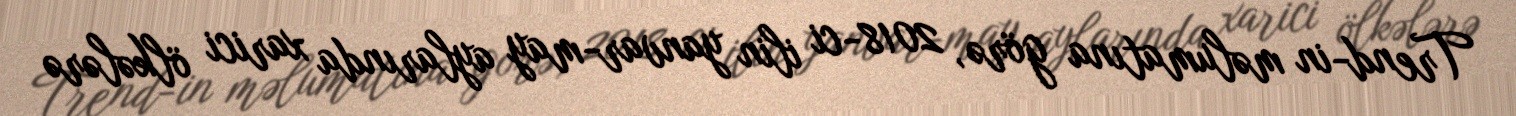
Trend-in məlumatına görə, 2018-ci ilin yanvar-may aylarında xarici ölkələrə